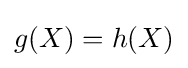
g(X)=h(X)